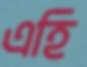
এহি